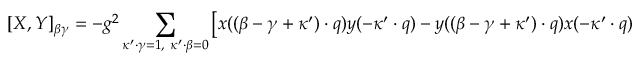
[ X , Y ] _ { \beta \gamma } = - g ^ { 2 } \sum _ { \kappa ^ { \prime } \cdot \gamma = 1 , \ \kappa ^ { \prime } \cdot \beta = 0 } \left[ x ( ( \beta - \gamma + \kappa ^ { \prime } ) \cdot q ) y ( - \kappa ^ { \prime } \cdot q ) - y ( ( \beta - \gamma + \kappa ^ { \prime } ) \cdot q ) x ( - \kappa ^ { \prime } \cdot q ) \right] ,